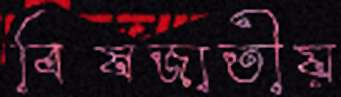
বিষজাতীয়